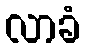
လာခံ